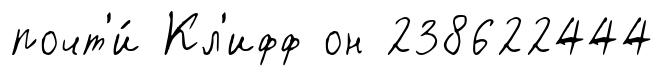
почт'и́ Кл'ифф он 238622444